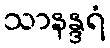
သာနန္ဒရံ